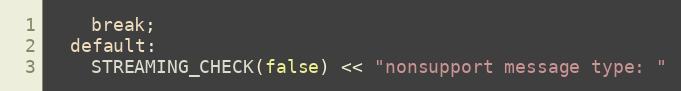
Language: C++
    break;
  default:
    STREAMING_CHECK(false) << "nonsupport message type: "